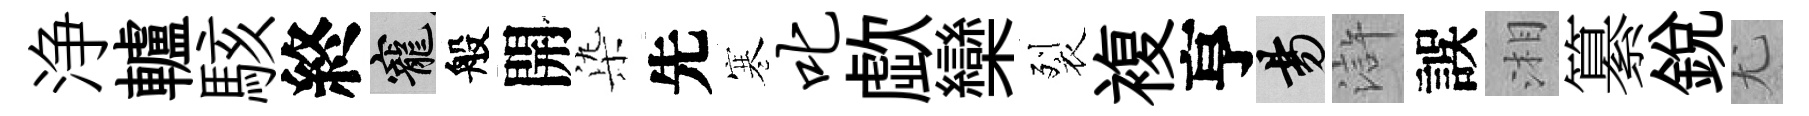
浄轤駭終寵般開𣑱先寒叱歔欒裂複亨昜滸誤湘纂銳尤